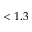
< 1 . 3